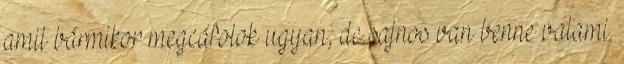
amit bármikor megcáfolok ugyan, de sajnos van benne valami.